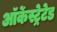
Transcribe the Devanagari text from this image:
ऑर्केस्ट्रेटेड